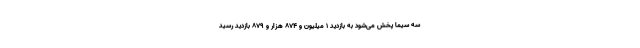
سه سیما پخش می‌شود به بازدید ۱ میلیون و ۸۷۴ هزار و ۸۷۹ بازدید رسید